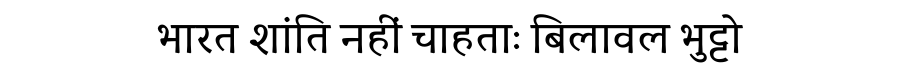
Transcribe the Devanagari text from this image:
भारत शांति नहीं चाहताः बिलावल भुट्टो